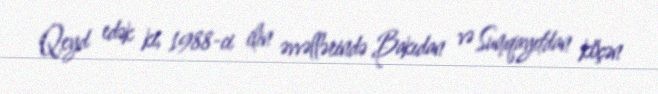
Qeyd edək ki, 1988-ci ilin əvvəllərində Bakıdan və Sumqayıtdan köçən